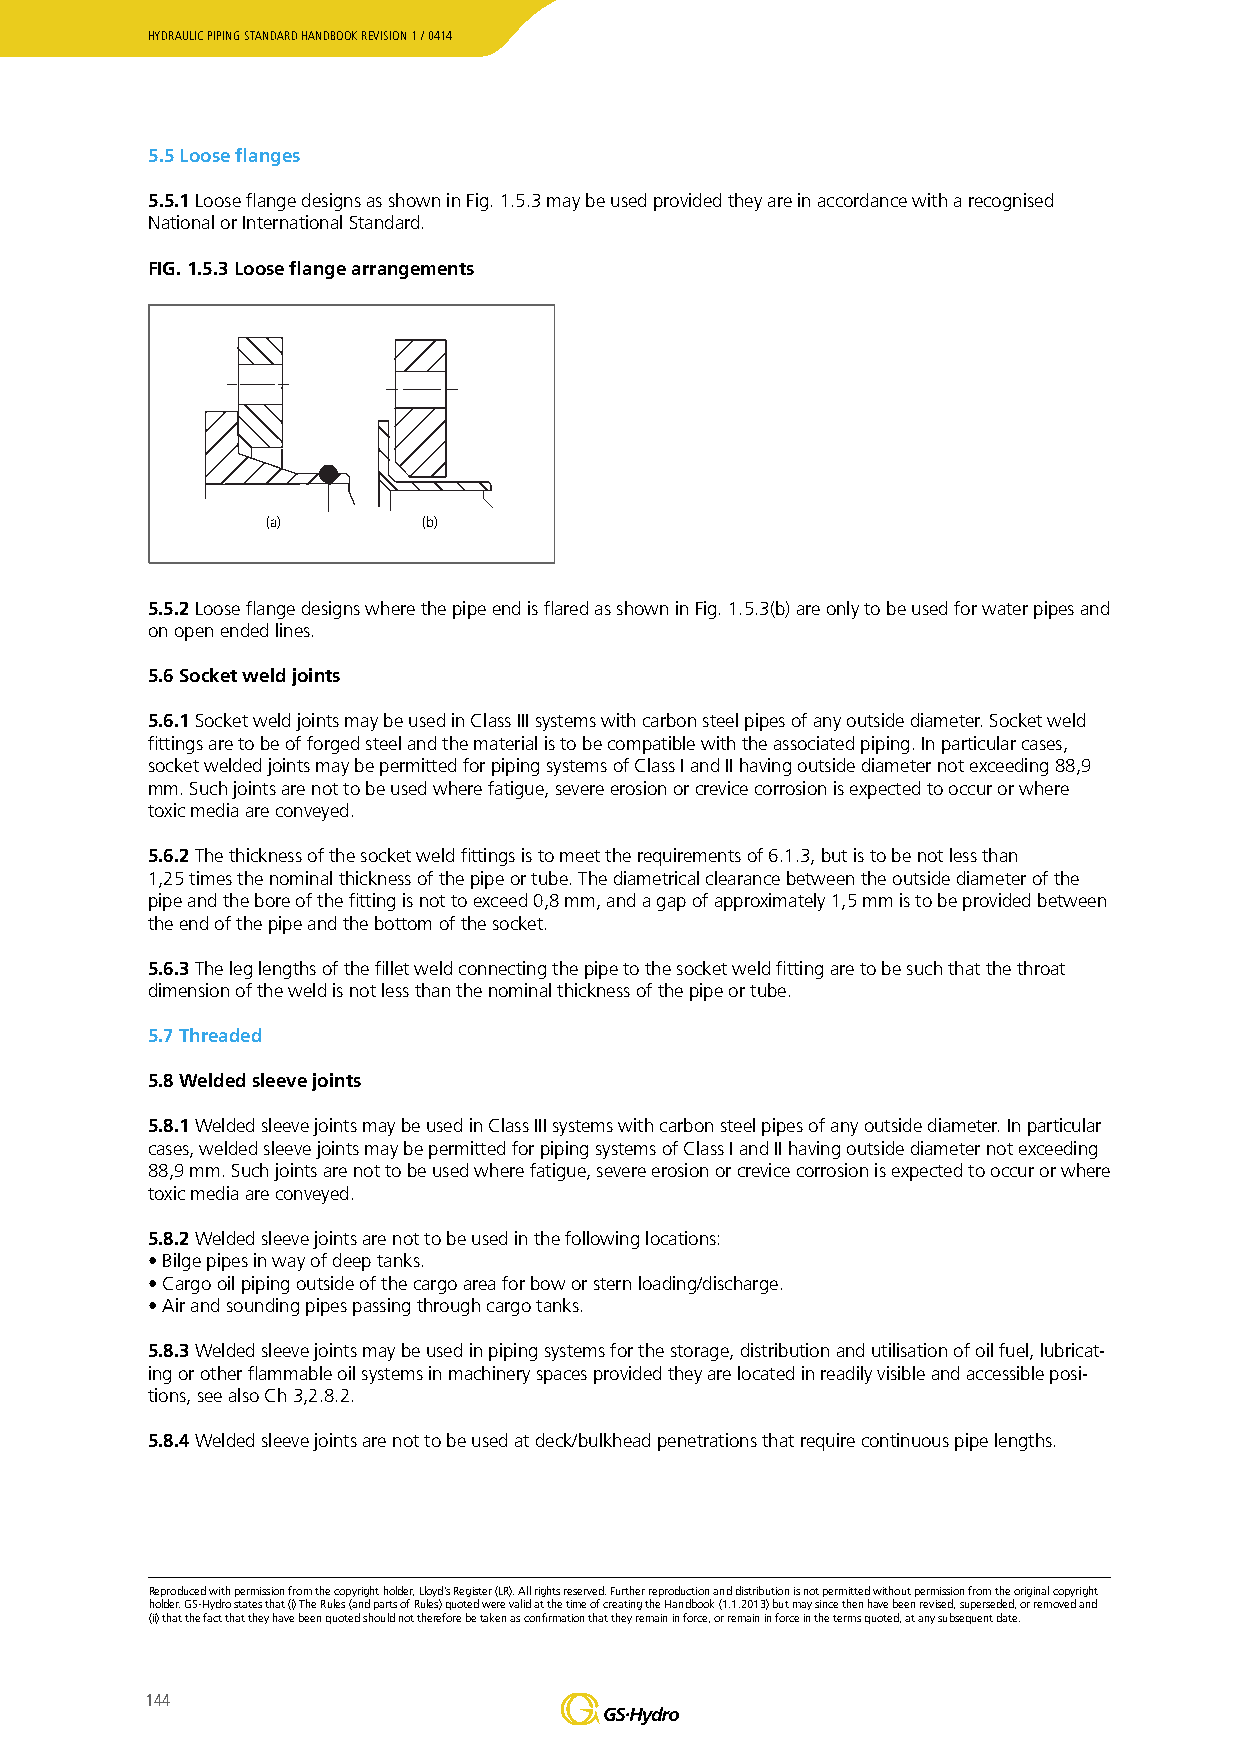
HYDRAULIC PIPING STANDARD HANDBOOK REVISION 1 / 0414
 5.5 Loose flanges
 5.5.1 Loose flange designs as shown in Fig. 1.5.3 may be used provided they are in accordance with a recognised
 National or International Standard.
 FIG. 1.5.3 Loose flange arrangements
 (a)       (b)
 5.5.2 Loose flange designs where the pipe end is flared as shown in Fig. 1.5.3(b) are only to be used for water pipes and
 on open ended lines.
 5.6 Socket weld joints
 5.6.1 Socket weld joints may be used in Class III systems with carbon steel pipes of any outside diameter. Socket weld
 fittings are to be of forged steel and the material is to be compatible with the associated piping. In particular cases,
 socket welded joints may be permitted for piping systems of Class I and II having outside diameter not exceeding 88,9
 mm. Such joints are not to be used where fatigue, severe erosion or crevice corrosion is expected to occur or where
 toxic media are conveyed.
 5.6.2 The thickness of the socket weld fittings is to meet the requirements of 6.1.3, but is to be not less than
 1,25 times the nominal thickness of the pipe or tube. The diametrical clearance between the outside diameter of the
 pipe and the bore of the fitting is not to exceed 0,8 mm, and a gap of approximately 1,5 mm is to be provided between
 the end of the pipe and the bottom of the socket.
 5.6.3 The leg lengths of the fillet weld connecting the pipe to the socket weld fitting are to be such that the throat
 dimension of the weld is not less than the nominal thickness of the pipe or tube.
 5.7 Threaded
 5.8 Welded sleeve joints
 5.8.1 Welded sleeve joints may be used in Class III systems with carbon steel pipes of any outside diameter. In particular
 cases, welded sleeve joints may be permitted for piping systems of Class I and II having outside diameter not exceeding
 88,9 mm. Such joints are not to be used where fatigue, severe erosion or crevice corrosion is expected to occur or where
 toxic media are conveyed.
 5.8.2 Welded sleeve joints are not to be used in the following locations:
 • Bilge pipes in way of deep tanks.
 • Cargo oil piping outside of the cargo area for bow or stern loading/discharge.
 • Air and sounding pipes passing through cargo tanks.
 5.8.3 Welded sleeve joints may be used in piping systems for the storage, distribution and utilisation of oil fuel, lubricat-
 ing or other flammable oil systems in machinery spaces provided they are located in readily visible and accessible posi-
 tions, see also Ch 3,2.8.2.
 5.8.4 Welded sleeve joints are not to be used at deck/bulkhead penetrations that require continuous pipe lengths.
 Reproduced with permission from the copyright holder, Lloyd’s Register (LR). All rights reserved. Further reproduction and distribution is not permitted without permission from the original copyright
 holder. GS-Hydro states that (i) The Rules (and parts of Rules) quoted were valid at the time of creating the Handbook (1.1.2013) but may since then have been revised, superseded, or removed and
 (ii) that the fact that they have been quoted should not therefore be taken as confirmation that they remain in force, or remain in force in the terms quoted, at any subsequent date.
 144